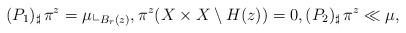
LaTeX: \begin{align*}(P_{1})_{\sharp}\,\pi^{z} = \mu\llcorner_{B_{r}(z)}, \pi^{z} (X\times X \setminus H(z))=0, (P_{2})_{\sharp}\, \pi^{z} \ll \mu, \end{align*}